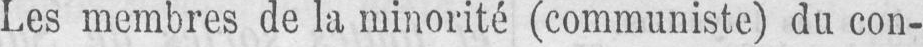
Les membres de la minorité (communiste) du con-